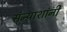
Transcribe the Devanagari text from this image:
संन्याशांनी